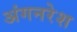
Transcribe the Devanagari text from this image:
अंगनरेश